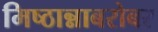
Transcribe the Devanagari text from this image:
मिष्ठान्नाबरोबर